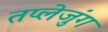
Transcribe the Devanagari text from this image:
तप्लेजुंग